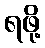
ရဖို့